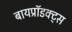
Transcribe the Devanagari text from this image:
बायप्रॉडक्ट्स